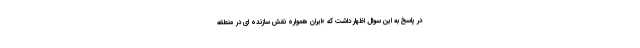
در پاسخ به این سوال اظهار داشت که «ایران همواره نقش سازنده ای در منطقه